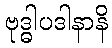
ဗုဒ္ဓါပဒါနာနိ